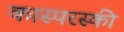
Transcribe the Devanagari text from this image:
कास्परस्की